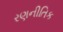
રણનીતિક